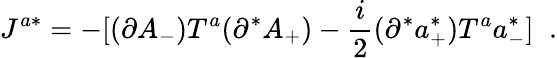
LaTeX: J^{a*}=-[(\partial A_{-})T^{a}(\partial^{*}A_{+})-\frac{i}{2}(\partial^{*}a_{+}^{*})T^{a}a_{-}^{*}]\; \; .